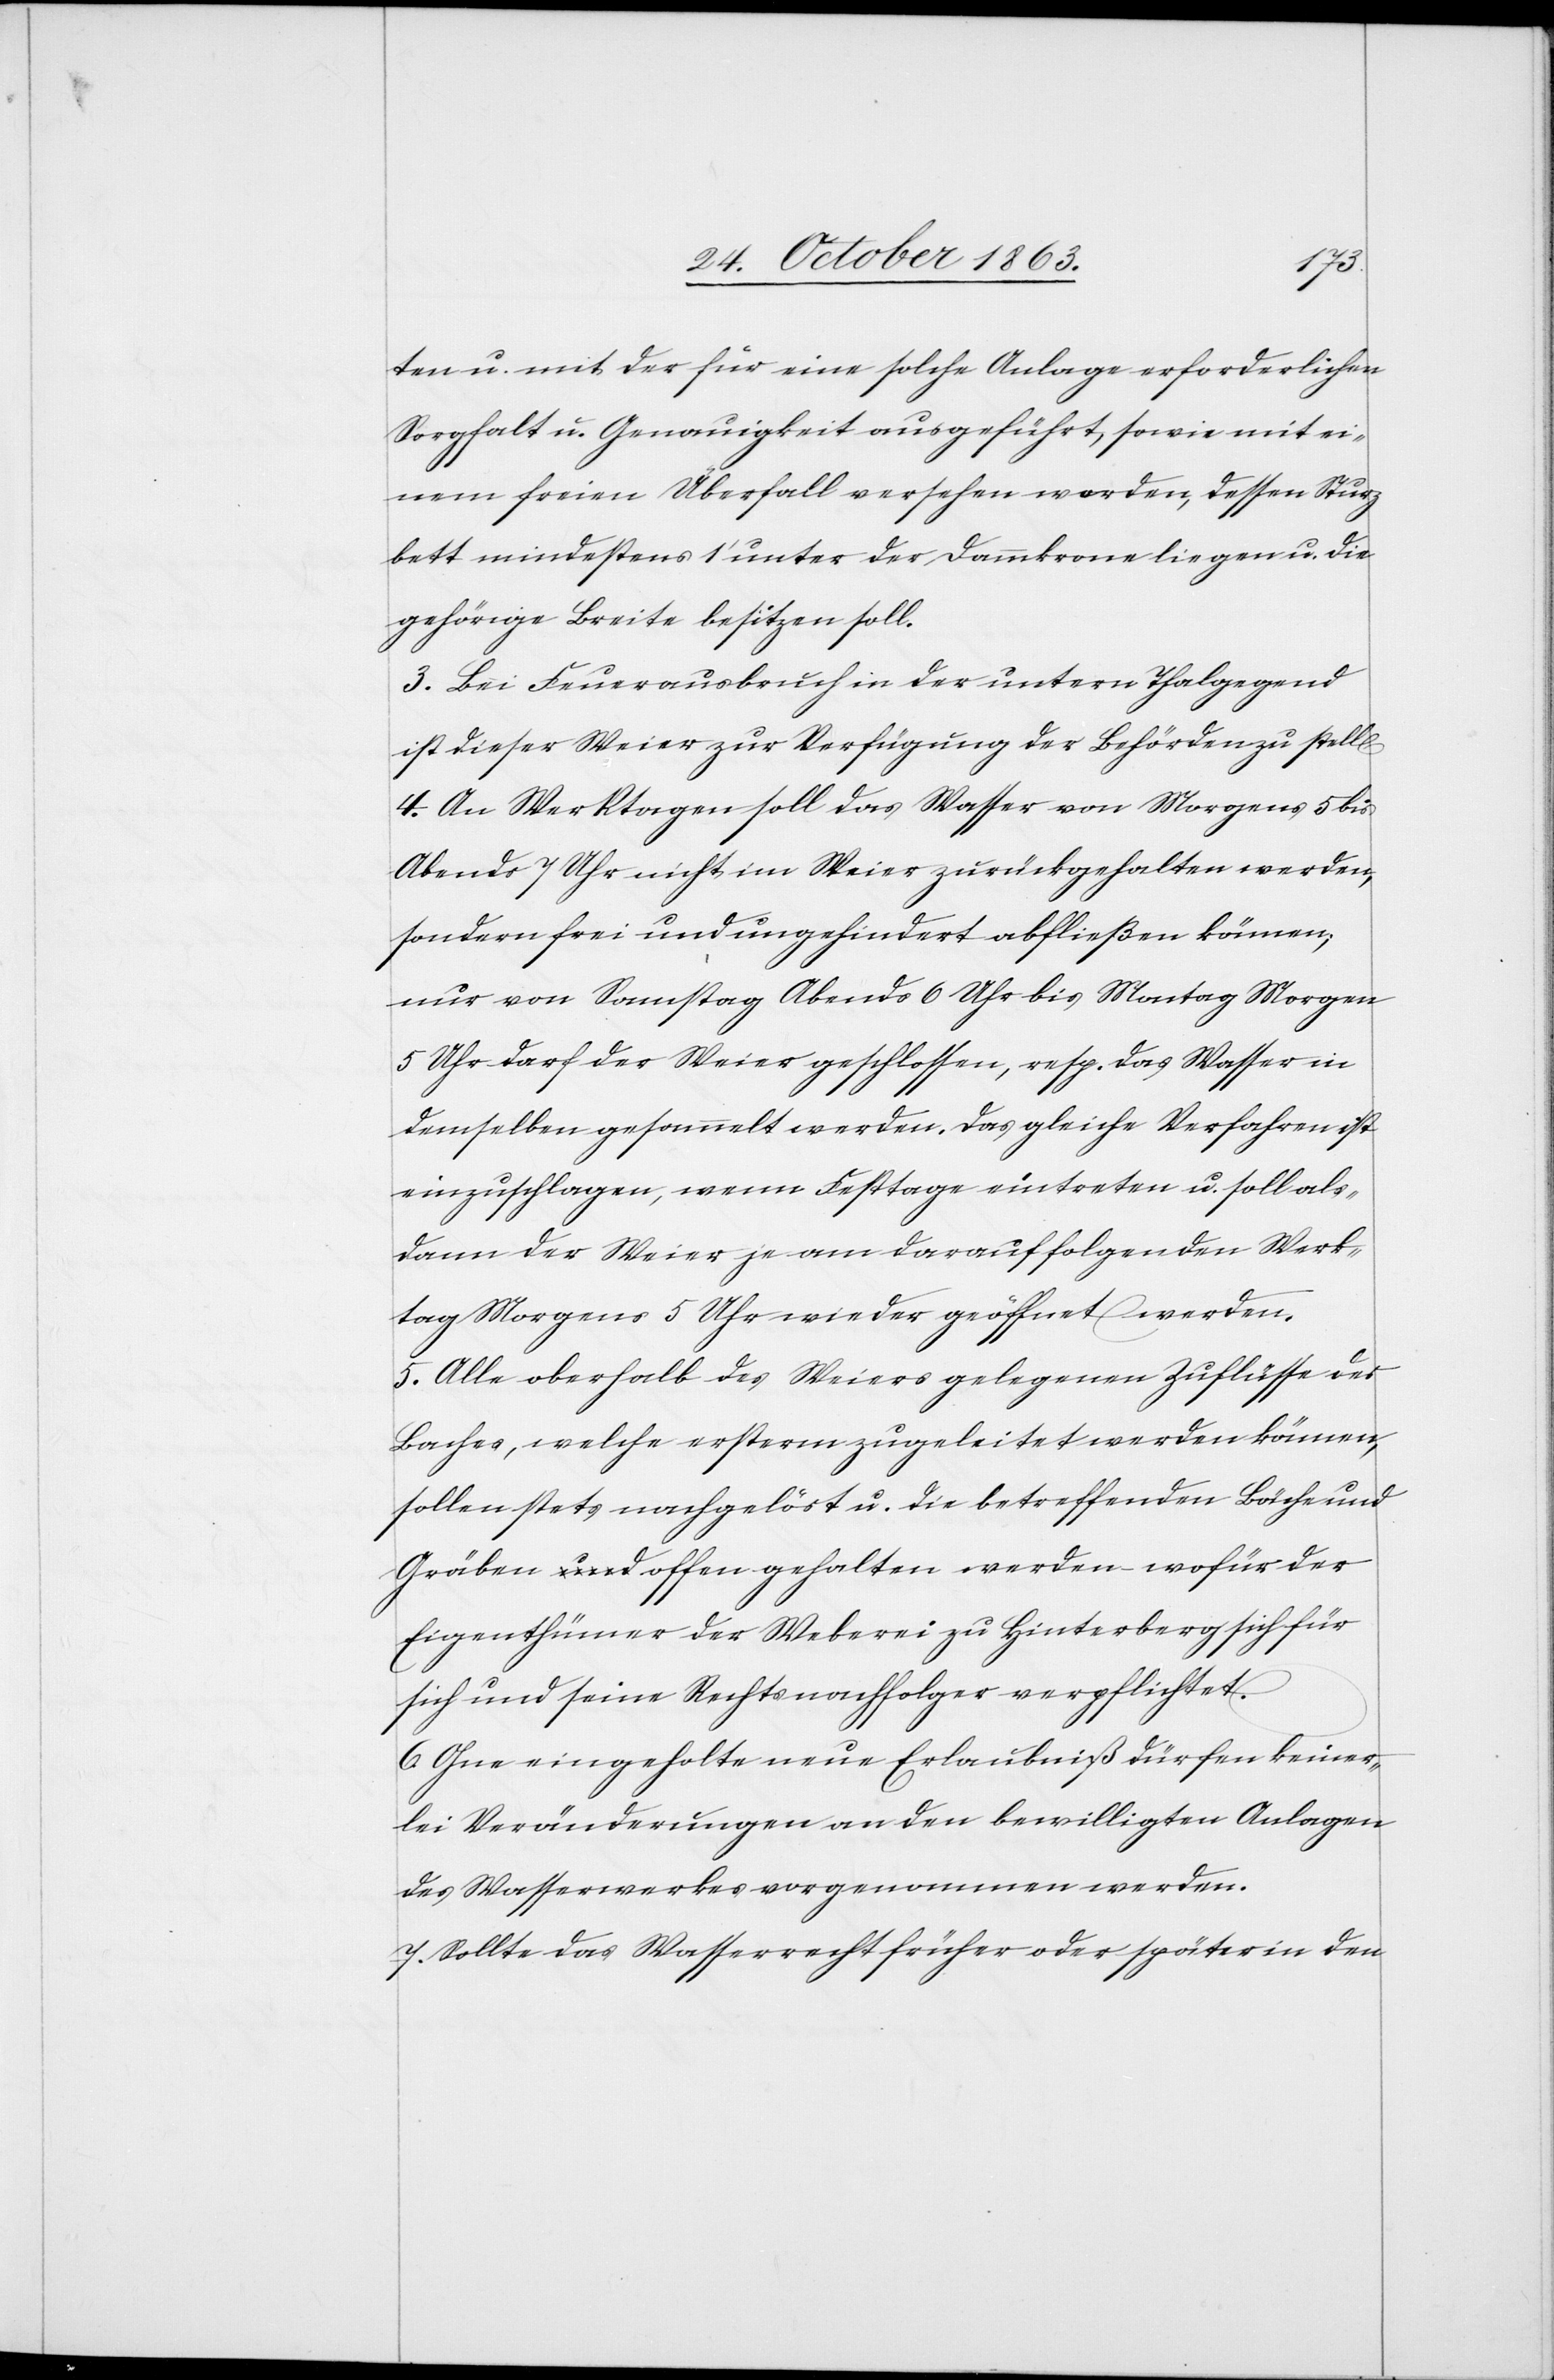
n].
ten u. mit der für eine solche Anlage erforderlichen
Sorgfalt u. Genauigkeit ausgeführt, sowie mit ei¬
nem freien Überfall versehen werden, dessen Sturz¬
bett mindestens 1' unter der Dammkrone liegen u. die
gehörige Breite besitzen soll.
3. Bei Feuerausbruch in der untern Thalgegend
ist dieser Weier zur Verfügung der Behörden zu stell[e¬
4. An Werktagen soll das Wasser von Morgens 5 bis
Abends 7 Uhr nicht im Weier zurückgehalten werden,
sondern frei und ungehindert abfließen können;
nur von Samstag Abends 6 Uhr bis Montag Morgen
5 Uhr darf der Weier geschlossen, resp. das Wasser in
demselben gesammelt werden. Das gleiche Verfahren ist
einzuschlagen, wenn Festtage eintreten u. soll als¬
dann der Weier je am darauffolgenden Werk¬
tag Morgens 5 Uhr wieder geöffnet werden.
5. Alle oberhalb des Weiers gelegenen Zuflüsse des
Baches, welche ersterm zugeleitet werden können,
sollen stets nachgelöst u. die betreffenden Bäche und
Gräben offen gehalten werden – wofür der
Eigenthümer der Weberei zu Hinterberg sich für
sich und seine Rechtsnachfolger verpflichtet.
6. Ohne eingeholte neue Erlaubniß dürfen keiner¬
lei Veränderungen an den bewilligten Anlagen
des Wasserwerkes vorgenommen werden.
7. Sollte das Wasserrecht früher oder später in den